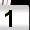
Digit: 1